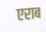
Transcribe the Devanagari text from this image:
एराब